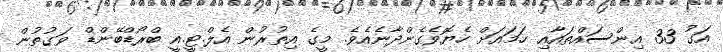
އަގު 33 އިންސައްތައާއި ހަމައަށް ހެޔޮވެގެންދާނެއެވެ. މީގެ އިތުރުން އެލް.ޓީ.އީ ބްރޯޑްބޭންޑް ވަގުތުން